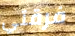
فرقتي